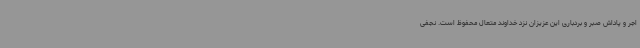
اجر و پاداش صبر و بردباری این عزیزان نزد خداوند متعال محفوظ است. نجفی